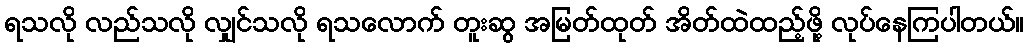
ရသလို လည်သလို လျှင်သလို ရသလောက် တူးဆွ အမြတ်ထုတ် အိတ်ထဲထည့်ဖို့ လုပ်နေကြပါတယ်။